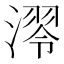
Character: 𣼢